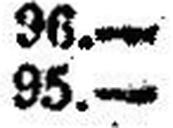
95.—